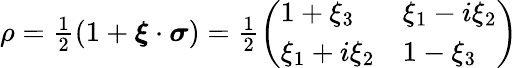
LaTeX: \begin{array}{r}{\rho=\frac{1}{2}\left(1+{\boldsymbol{\xi}\cdot\boldsymbol{\sigma}}\right)=\frac{1}{2}\left(\begin{array}{ll}{1+\xi_{3}}&{\xi_{1}-i\xi_{2}}\\ {\xi_{1}+i\xi_{2}}&{1-\xi_{3}}\end{array}\right)}\end{array}